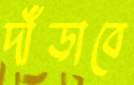
দাঁড়াবে